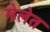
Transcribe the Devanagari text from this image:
मेलेत